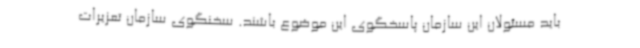
باید مسئولان این سازمان پاسخگوی این موضوع باشند. سخنگوی سازمان تعزیرات